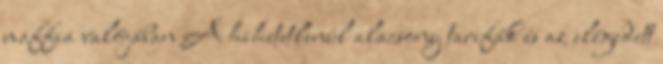
maffia valójában A hihetetlenül alacsony tarifák és az elégedett